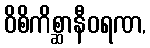
ဝိစိကိစ္ဆာနီဝရဏ,